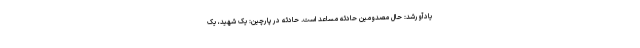
یادآورشد: حال مصدومین حادثه مساعد است. حادثه در پارچین: یک شهید، یک